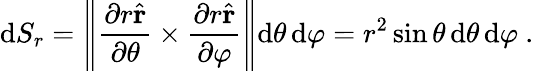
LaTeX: \mathrm{d}S_{r}=\left\| {\frac{\partial r{\hat{\mathbf{r}}}}{\partial\theta}}\times{\frac{\partial r{\hat{\mathbf{r}}}}{\partial\varphi}}\right\| \mathrm{d}\theta\, \mathrm{d}\varphi=r^{2}\sin\theta\, \mathrm{d}\theta\, \mathrm{d}\varphi~.